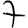
Digit: 7